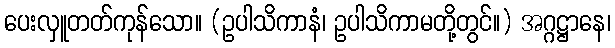
ပေးလှူတတ်ကုန်သော။ (ဥပါသိကာနံ၊ ဥပါသိကာမတို့တွင်။) အဂ္ဂဋ္ဌာနေ၊